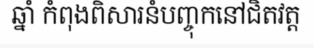
ឆ្នាំ កំពុងពិសារនំបញ្ចុកនៅជិតវត្ត